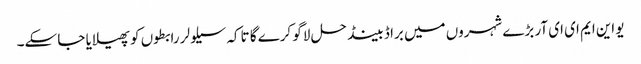
یو این ایم ای ای آر بڑے شہروں میں براڈ بینڈ حل لاگو کرے گا تاکہ سیلولر رابطوں کو پھیلایا جا سکے۔